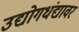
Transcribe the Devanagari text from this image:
उद्योगधंद्यावर